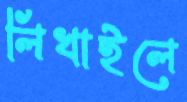
লিখাইলে